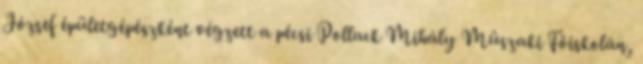
József épületgépészként végzett a pécsi Pollack Mihály Mûszaki Fôiskolán,